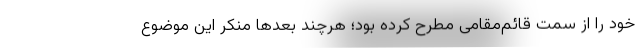
خود را از سمت قائم‌مقامی مطرح کرده بود؛ هرچند بعد‌ها منکر این موضوع